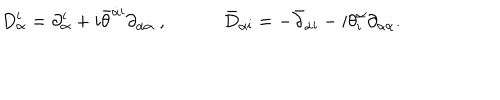
D _ { \alpha } ^ { \mathbf i } = \partial _ { \alpha } ^ { \mathbf i } + i { \bar { \theta } } ^ { \dot { \alpha } { \mathbf i } } \partial _ { \alpha \dot { \alpha } } \ , \qquad \quad { \bar { D } } _ { \dot { \alpha } { \mathbf i } } = - { \bar { \partial } } _ { \dot { \alpha } { \mathbf i } } - i { \theta } _ { \mathbf i } ^ { \alpha } \partial _ { \alpha \dot { \alpha } } .